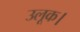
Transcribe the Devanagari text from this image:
उलूक।